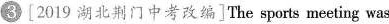
3 [2019 湖北荆门中考改编]The sports meeting was